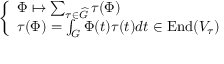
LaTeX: \left\{ \begin{array} { l l } { \Phi \mapsto \sum _ { \tau \in { \widehat { G } } } \tau ( \Phi ) } \\ { \tau ( \Phi ) = \int _ { G } \Phi ( t ) \tau ( t ) d t \in { \mathrm { E n d } } ( V _ { \tau } ) } \end{array} \right.